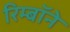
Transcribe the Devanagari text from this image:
रिम्बॉने